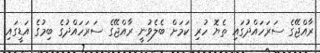
ރާއްޖޭގެ ސަރަހައްދުގައި ތެޔޮ ހުރި ކަމަށް ބެލެވުނީ ރާއްޖޭގެ ސަރަހައްދުގެ ބިމުގެ އަޑީގައި